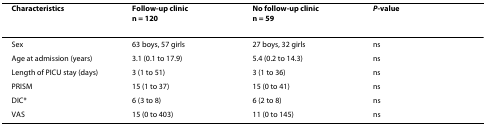
<table><thead><tr><td><b>Characteristics</b></td><td><b>Follow-up clinicn = 120</b></td><td><b>No follow-up clinicn = 59</b></td><td><b><i>P</i>-value</b></td></tr></thead><tbody><tr><td>Sex</td><td>63 boys, 57 girls</td><td>27 boys, 32 girls</td><td>ns</td></tr><tr><td>Age at admission (years)</td><td>3.1 (0.1 to 17.9)</td><td>5.4 (0.2 to 14.3)</td><td>ns</td></tr><tr><td>Length of PICU stay (days)</td><td>3 (1 to 51)</td><td>3 (1 to 36)</td><td>ns</td></tr><tr><td>PRISM</td><td>15 (1 to 37)</td><td>15 (0 to 41)</td><td>ns</td></tr><tr><td>DIC*</td><td>6 (3 to 8)</td><td>6 (2 to 8)</td><td>ns</td></tr><tr><td>VAS</td><td>15 (0 to 403)</td><td>11 (0 to 145)</td><td>ns</td></tr></tbody></table>